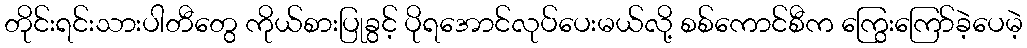
တိုင်းရင်းသားပါတီတွေ ကိုယ်စားပြုခွင့် ပိုရအောင်လုပ်ပေးမယ်လို့ စစ်ကောင်စီက ကြွေးကြော်ခဲ့ပေမဲ့